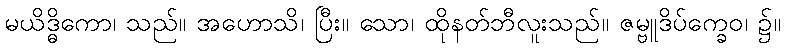
မယိဒ္ဓိကော၊ သည်။ အဟောသိ၊ ပြီး။ သော၊ ထိုနတ်ဘီလူးသည်။ ဇမ္ဗူဒိပ်က္ခေဝ၊ ၌။